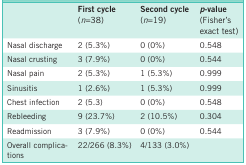
<table><thead><tr><td><b> </b></td><td><b>First cycle (<i>n</i>=38)</b></td><td><b>Second cycle (<i>n</i>=19)</b></td><td><b><i>p</i>-value (Fisher’s exact test)</b></td></tr></thead><tbody><tr><td>Nasal discharge</td><td>2 (5.3%)</td><td>0 (0%)</td><td>0.548</td></tr><tr><td>Nasal crusting</td><td>3 (7.9%)</td><td>0 (0%)</td><td>0.544</td></tr><tr><td>Nasal pain</td><td>2 (5.3%)</td><td>1 (5.3%)</td><td>0.999</td></tr><tr><td>Sinusitis</td><td>1 (2.6%)</td><td>1 (5.3%)</td><td>0.999</td></tr><tr><td>Chest infection</td><td>2 (5.3)</td><td>0 (0%)</td><td>0.548</td></tr><tr><td>Rebleeding</td><td>9 (23.7%)</td><td>2 (10.5%)</td><td>0.304</td></tr><tr><td>Readmission</td><td>3 (7.9%)</td><td>0 (0%)</td><td>0.544</td></tr><tr><td>Overall complications</td><td>22/266 (8.3%)</td><td>4/133 (3.0%)</td><td> </td></tr></tbody></table>